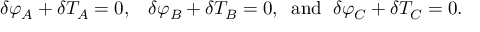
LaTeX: { \delta } \varphi _ { A } + { \delta } { \cal T } _ { A } = 0 , \; \; \; { \delta } \varphi _ { B } + { \delta } { \cal T } _ { B } = 0 , \; \; \mathrm { a n d } \; \; { \delta } \varphi _ { C } + { \delta } { \cal T } _ { C } = 0 .